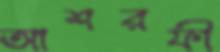
আশরফী